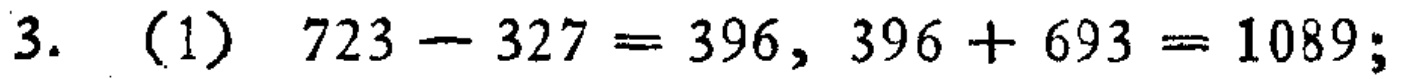
3. (1) \(723 - 327 = 396\), \(396 + 693 = 1089\);